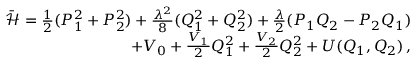
\begin{array} { r } { \bar { { \mathcal { H } } } = \frac { 1 } { 2 } ( P _ { 1 } ^ { 2 } + P _ { 2 } ^ { 2 } ) + \frac { \lambda ^ { 2 } } { 8 } ( Q _ { 1 } ^ { 2 } + Q _ { 2 } ^ { 2 } ) + \frac { \lambda } { 2 } ( P _ { 1 } Q _ { 2 } - P _ { 2 } Q _ { 1 } ) } \\ { + V _ { 0 } + \frac { V _ { 1 } } { 2 } Q _ { 1 } ^ { 2 } + \frac { V _ { 2 } } { 2 } Q _ { 2 } ^ { 2 } + U ( Q _ { 1 } , Q _ { 2 } ) \, , } \end{array}